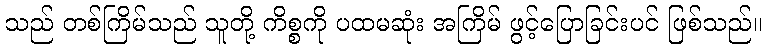
သည် တစ်ကြိမ်သည် သူတို့ ကိစ္စကို ပထမဆုံး အကြိမ် ဖွင့်ပြောခြင်းပင် ဖြစ်သည်။